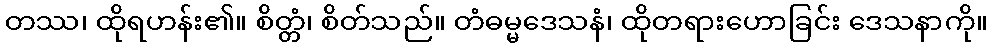
တဿ၊ ထိုရဟန်း၏။ စိတ္တံ၊ စိတ်သည်။ တံဓမ္မဒေသနံ၊ ထိုတရားဟောခြင်း ဒေသနာကို။